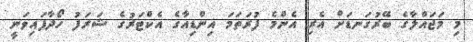
މި މަޖައްލާގެ ބޭރުގަނޑަށް އެރި އެންމެ ފުރަތަމަ އިންޑިއާގެ އެކްޓަރުގެ ޝަރަފު ހޯދާފައިވަނީ